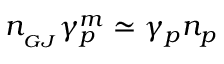
n _ { _ { G J } } \gamma _ { p } ^ { m } \simeq \gamma _ { p } n _ { p }